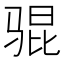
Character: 𫘥